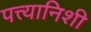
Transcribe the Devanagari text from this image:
पत्त्यानिशी